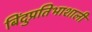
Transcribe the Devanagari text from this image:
बिंदुप्रतिभाशाली